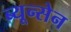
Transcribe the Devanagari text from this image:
ब्यून्सेन